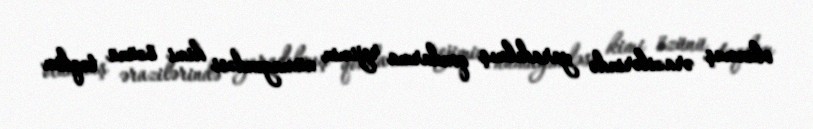
olunmuş ərazilərində yaradılmış qondarma rejimin nümayəndəsi kimi özünü təqdim